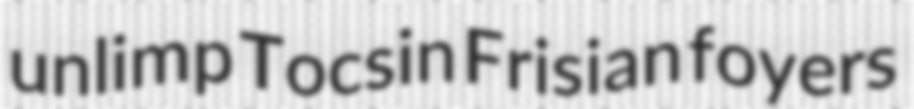
unlimp Tocsin Frisian foyers